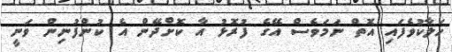
ހަލާކުވެފައި އޮތް ނަމަވެސް އޭގެ ފުރޮޅު އާ ކޮށްދޭން އެ ކުންފުނިން ވަނީ